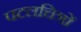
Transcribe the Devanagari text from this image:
पटलचित्रों